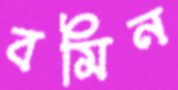
বমিন